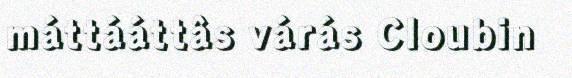
máttááttâs várás Cloubin